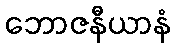
ဘောဇနီယာနံ